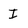
Character: I